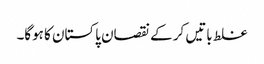
غلط باتیں کر کے نقصان پاکستان کا ہوگا۔